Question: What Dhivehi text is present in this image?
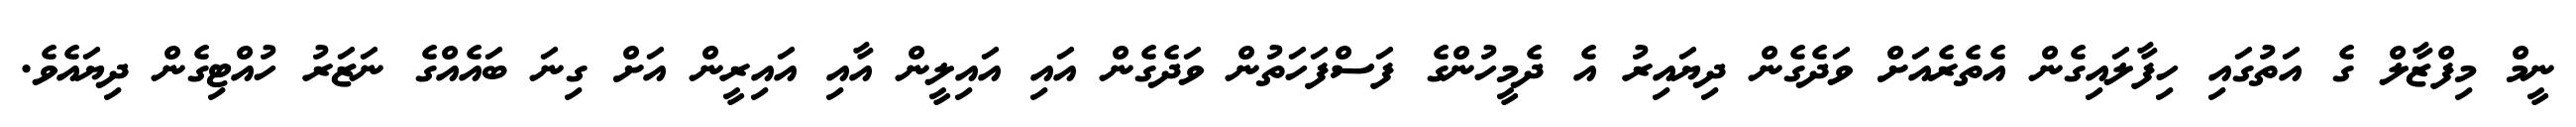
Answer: ނީމް މިފްޒާލް ގެ އަތުގައި ހިފާލައިގެން އެތެރެއަށް ވަދެގެން ދިޔައިރު އެ ދެމީހުންގެ ފަސްފަހަތުން ވަދެގެން އައި އައިލީން އާއި އައިރީން އަށް ގިނަ ބައެއްގެ ނަޒަރު ހުއްޓިގެން ދިޔައެވެ.